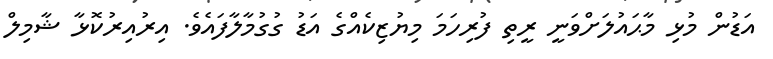
އަޑުން މުޅި މާޙައުލަށްވަނީ ރީތި ފުރިހަމަ މިޔުޒިކެއްގެ އަޑު ގުގުމާލާފައެވެ. އިރުއިރުކޮޅާ ޝާމިލް